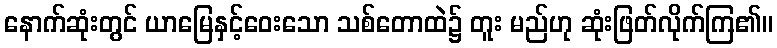
နောက်ဆုံးတွင် ယာမြေနှင့်ဝေးသော သစ်တောထဲ၌ တူး မည်ဟု ဆုံးဖြတ်လိုက်ကြ၏။